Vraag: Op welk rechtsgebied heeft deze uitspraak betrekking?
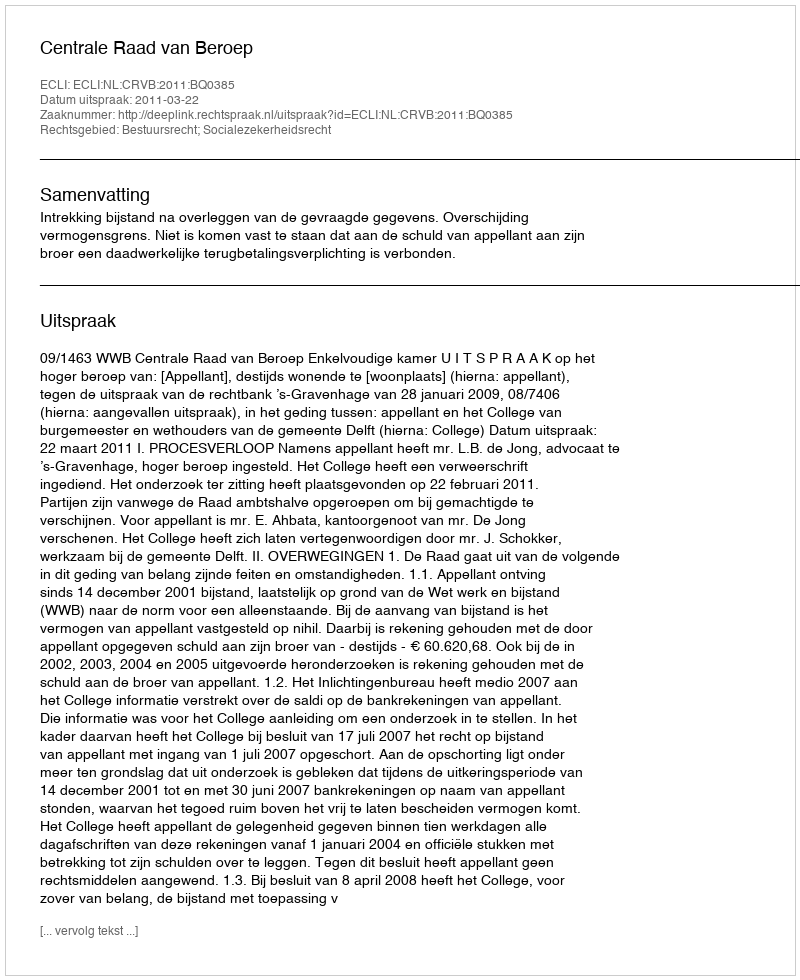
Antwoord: Bestuursrecht; Socialezekerheidsrecht